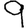
Digit: 9